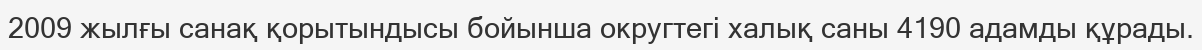
2009 жылғы санақ қорытындысы бойынша округтегі халық саны 4190 адамды құрады.